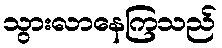
သွားလာနေကြသည်